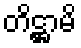
တိဋ္ဌာမိ